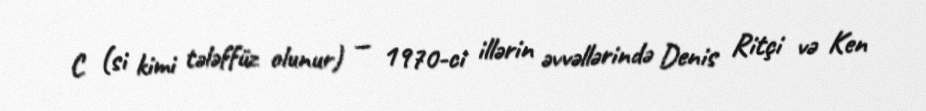
C (si kimi tələffüz olunur) — 1970-ci illərin əvvəllərində Denis Ritçi və Ken